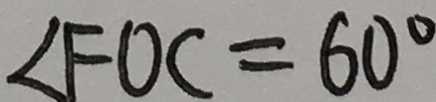
\angle F O C = 6 0 ^ { \circ }